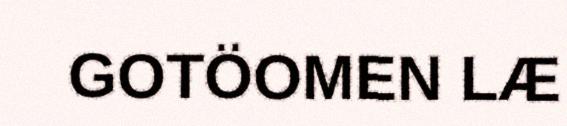
GOTÖOMEN LÆ